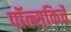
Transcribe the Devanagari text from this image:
पॉल्सकिर्चे